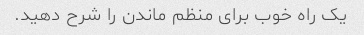
یک راه خوب برای منظم ماندن را شرح دهید.